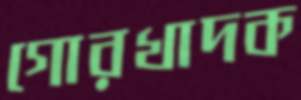
গোরখাদক